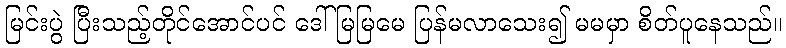
မြင်းပွဲ ပြီးသည့်တိုင်အောင်ပင် ဒေါ်မြမြမေ ပြန်မလာသေး၍ မမမှာ စိတ်ပူနေသည်။